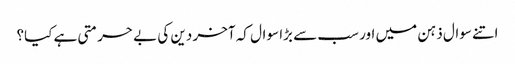
اتنے سوال ذہن میں اور سب سے بڑا سوال کہ آخر دین کی بے حرمتی ہے کیا؟